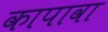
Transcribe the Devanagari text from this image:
कापावा